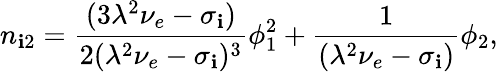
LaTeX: n_{\mathbf{i}2}=\frac{{(3\lambda^{2}\nu_{e}-\sigma_{\mathbf{i}})}}{{2(\lambda^{2}\nu_{e}-\sigma_{\mathbf{i}})^{3}}}\phi_{1}^{2}+\frac{{1}}{{(\lambda^{2}\nu_{e}-\sigma_{\mathbf{i}})}}\phi_{2},